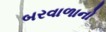
બરવાળાનો